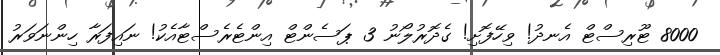
8000 ޓޫރިސްޓް އެނދު! ވިހޭފޮށި! ގެދޮރުލޯނު 3 ޕަސެންޓް އިންޓެރެސްޓާއެކު! ނައިފަރާ ހިންނަވަރު